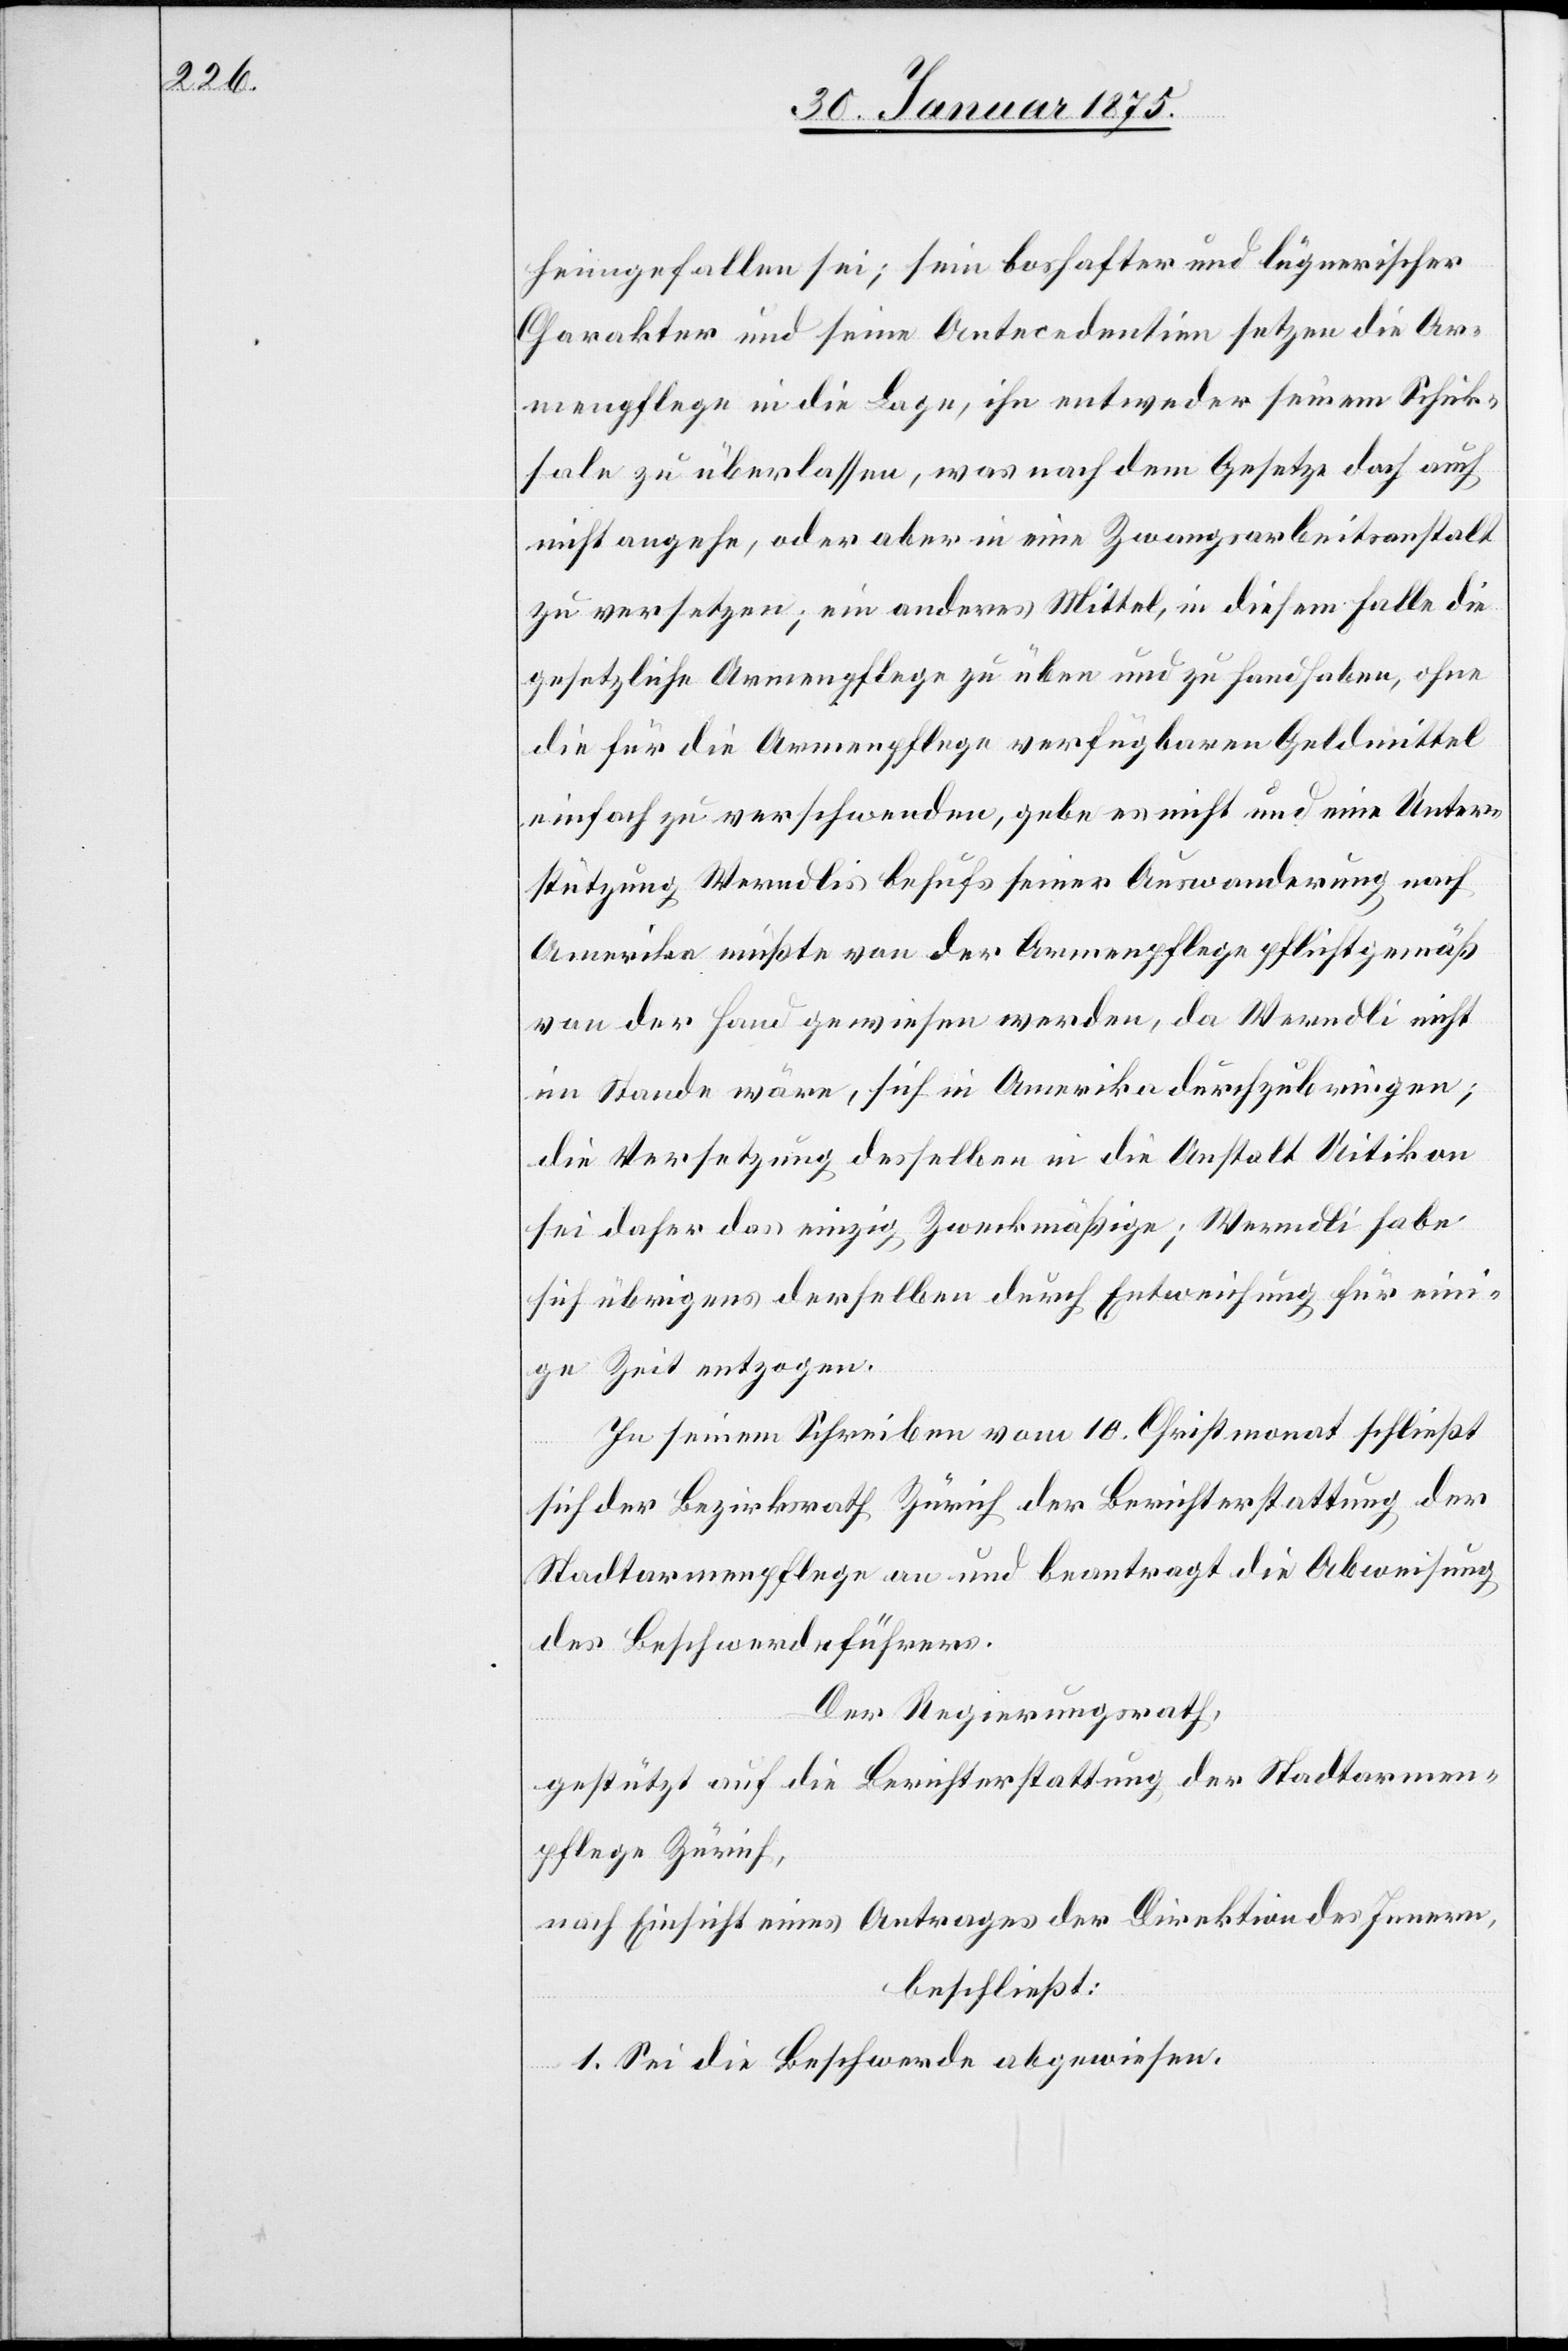
heimgefallen sei; sein boshafter und lügnerischer
Charakter und seine Antecedentien setzten die Ar¬
menpflege in die Lage, ihn entweder seinem Schick¬
sale zu überlassen, was nach dem Gesetze doch auch
nicht angehe, oder aber in eine Zwangsarbeitsanstalt
zu versetzen; ein anderes Mittel, in diesem Falle die
gesetzliche Armenpflege zu üben und zu handhaben, ohne
die für die Armenpflege verfügbaren Geldmittel
einfach zu verschwenden, gebe es nicht und eine Unter¬
stützung Werndlis behufs seiner Auswanderung nach
Amerika müßte von der Armenpflege pflichtgemäß
von der Hand gewiesen werden, da Werndli nicht
im Stande wäre, sich in Amerika durchzubringen;
die Versetzung desselben in die Anstalt Uitikon
sei daher das einzig Zweckmäßige; Werndli habe
sich übrigens derselben durch Entweichung für eini¬
ge Zeit entzogen.
In seinem Schreiben vom 10. Christmonat schließt
sich der Bezirksrath Zürich der Berichterstattung der
Stadtarmenpflege an und beantragt die Abweisung
des Beschwerdeführers.
Der Regierungsrath
gestützt auf die Berichterstattung der Stadtarmen¬
pflege Zürich,
nach Einsicht eines Antrages der Direktion des Innern,
beschließt:
1. Sei die Beschwerde abgewiesen.